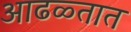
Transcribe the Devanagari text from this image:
आढळ्तात